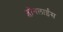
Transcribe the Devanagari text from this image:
ब्लॉगलाईंस